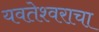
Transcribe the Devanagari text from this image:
यवतेश्वराचा